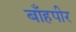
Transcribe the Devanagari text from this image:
बाँहपीर